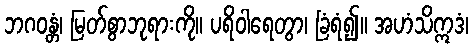
ဘဂဝန္တံ၊ မြတ်စွာဘုရားကို။ ပရိဝါရေတွာ၊ ခြံရံ၍။ အဟံသိဣဒံ၊